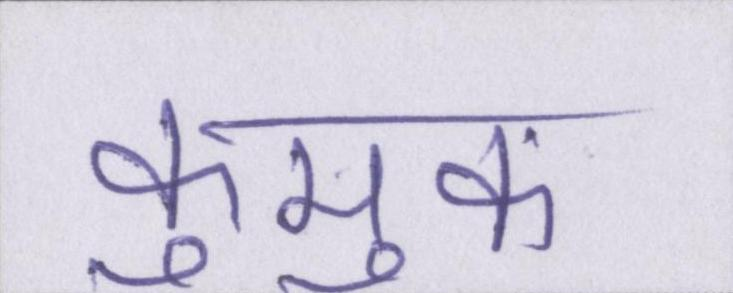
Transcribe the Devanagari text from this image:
कुमुक